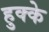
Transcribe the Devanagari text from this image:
हुक्‍के